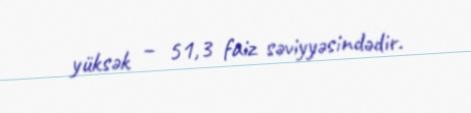
yüksək – 51,3 faiz səviyyəsindədir.